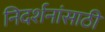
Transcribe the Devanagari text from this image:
निदर्शनांसाठी